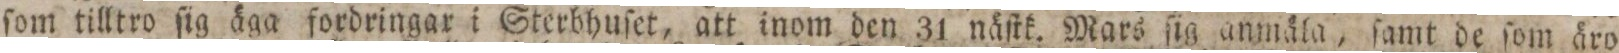
ſom tilltro ſig äga fordringar i Sterbhuſet, att inom den 31 näſtk. Mars ſig anmäla, ſamt de ſom äro